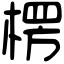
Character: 楞